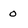
Character: 0